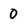
Character: 0